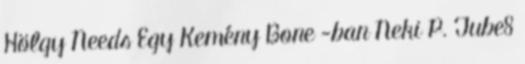
Hölgy Needs Egy Kemény Bone -ban Neki P. Tube8